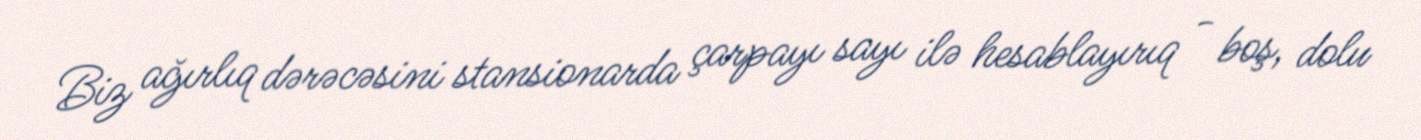
Biz ağırlıq dərəcəsini stansionarda çarpayı sayı ilə hesablayırıq - boş, dolu